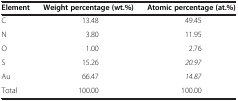
<table><thead><tr><td><b>Element</b></td><td><b>Weight percentage (wt.%)</b></td><td><b>Atomic percentage (at.%)</b></td></tr></thead><tbody><tr><td>C</td><td>13.48</td><td>49.45</td></tr><tr><td>N</td><td>3.80</td><td>11.95</td></tr><tr><td>O</td><td>1.00</td><td>2.76</td></tr><tr><td>S</td><td>15.26</td><td><i>20.97</i></td></tr><tr><td>Au</td><td>66.47</td><td><i>14.87</i></td></tr><tr><td>Total</td><td>100.00</td><td>100.00</td></tr></tbody></table>